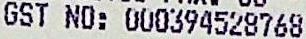
GST NO: 000394528768